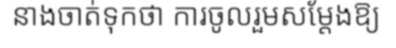
នាងចាត់ទុកថា ការចូលរួមសម្តែងឱ្យ